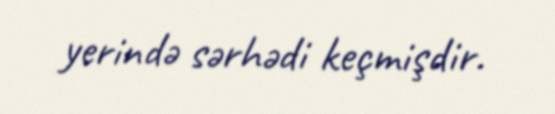
yerində sərhədi keçmişdir.